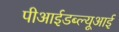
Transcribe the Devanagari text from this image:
पीआईडब्ल्यूआई